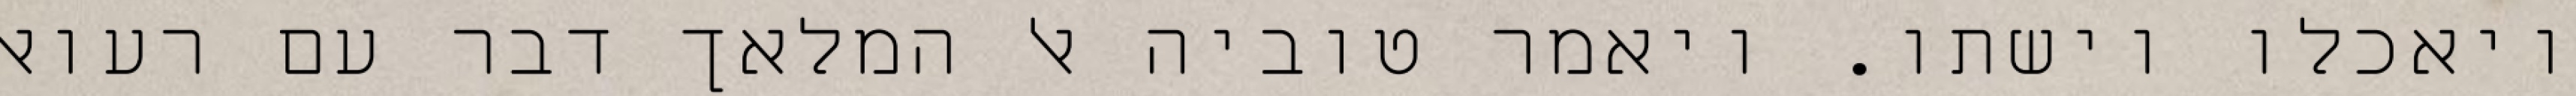
ויאכלו וישתו. ויאמר טוביה אל המלאך דבר עם רעואל